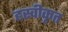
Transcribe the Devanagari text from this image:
ह्रस्वीकृत